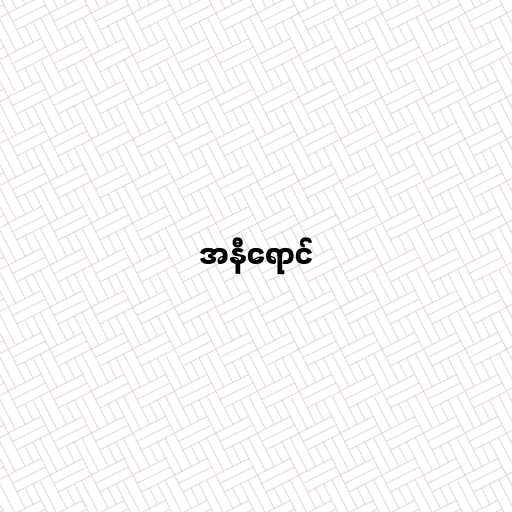
အနီရောင်